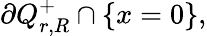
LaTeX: \partial Q_{r,R}^{+}\cap\{ x=0\} ,